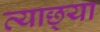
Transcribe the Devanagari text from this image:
त्याछ्या